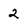
Character: 2